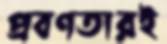
প্রবণতারই